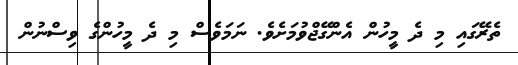
ތެރޭގައި މި ދެ މީހުން އެންގޭޖްވުމަށެވެ. ނަމަވެސް މި ދެ މީހުންގެ ވިސްނުން